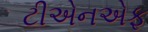
ટીએનએફ